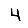
Digit: 4